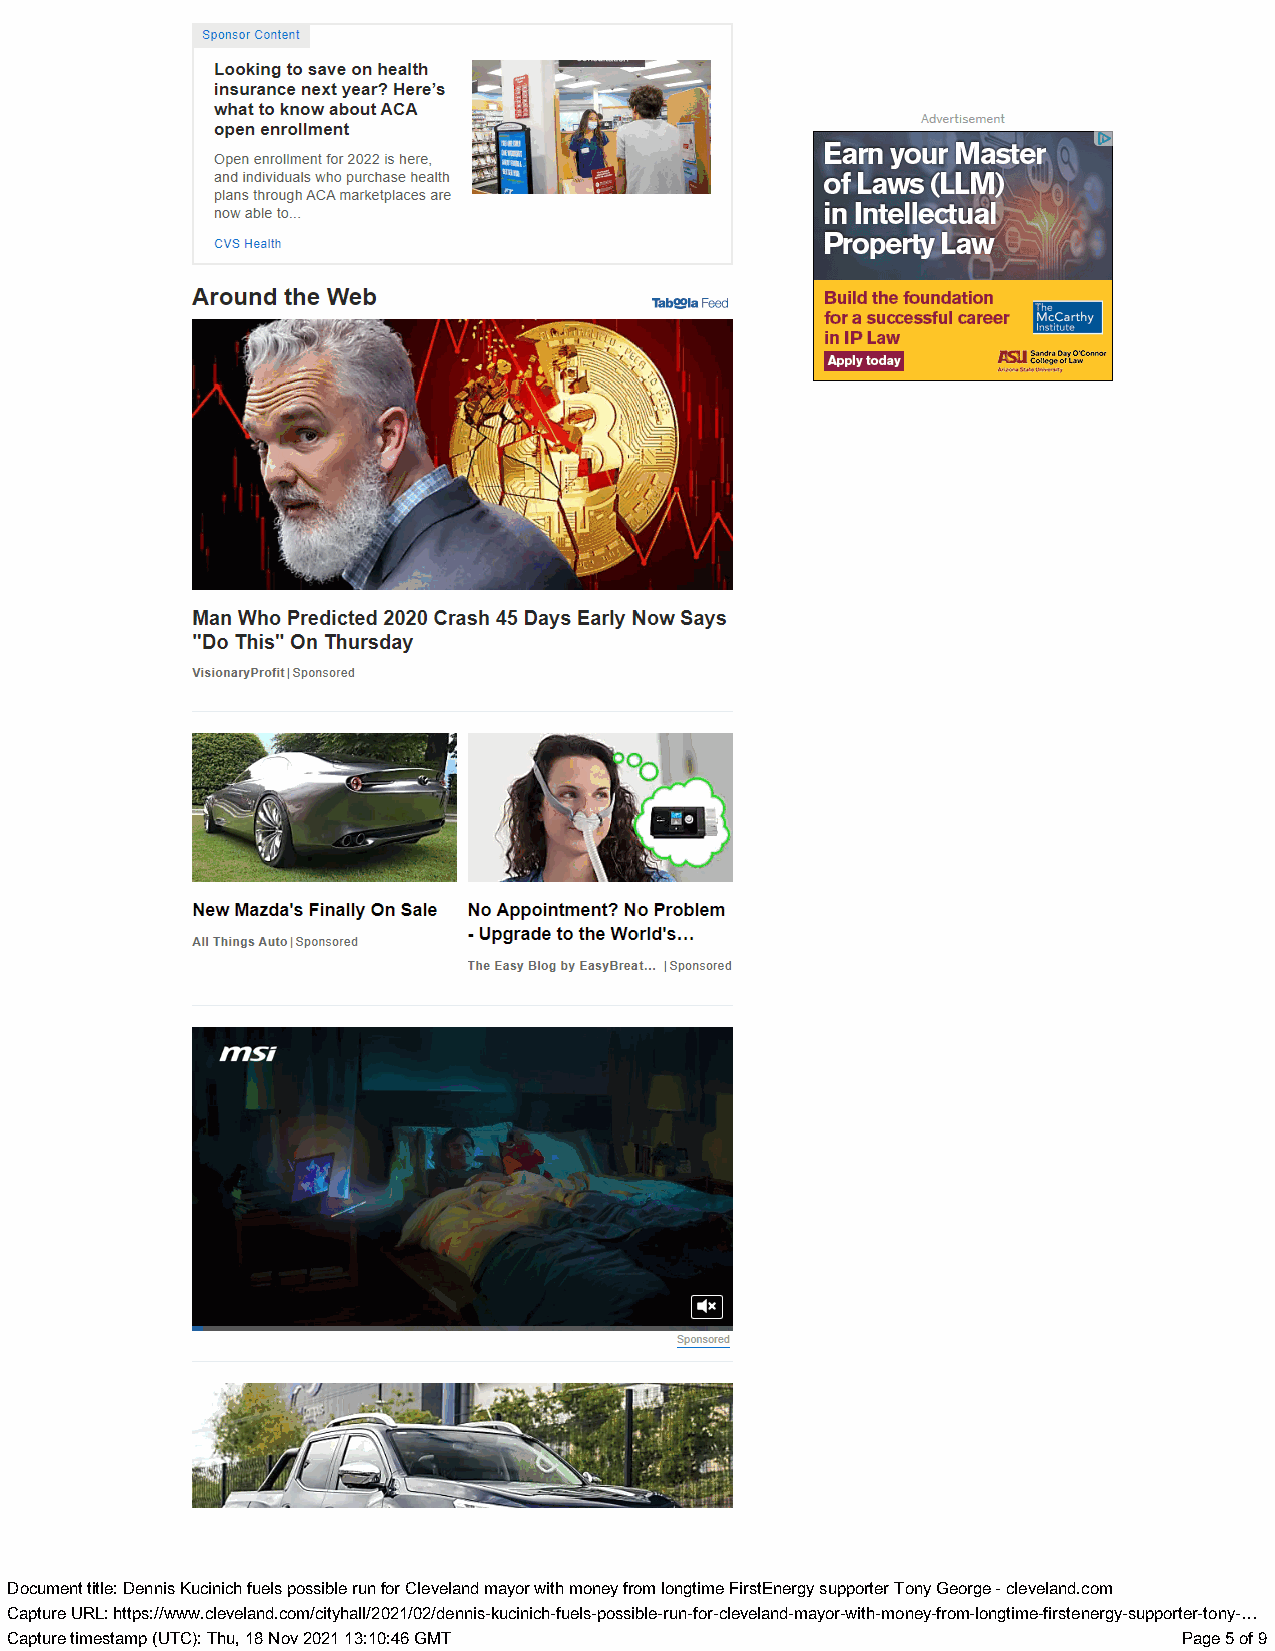
Sponsor Content
 Looking to save on health
 insurance next year? Here’s
 what to know about ACA
 open enrollment
 Open enrollment for 2022 is here, =a | - Earn your Master
 and individuals who purchase health ,    of Laws (10)
 plans through ACA marketplaces are       .             |
 now able to                              in Intellectual XN 7
 7)
 CVS Health
 Around the Web                Tabla Feed  Build the foundation
 :    _-—                      for a successful career
 inlIP Law
 Apply today £su EERoct vo
 Man Who Predicted 2020 Crash 45 Days Early Now Says
 "Do This" On Thursday
 VisionaryProfit| Sponsored
 New Mazda's Finally On Sale No Appointment? No Problem
 All Things Au| tSponosor ed = Upgrade to the World's...
 The Easy Blog by EasyBreat... | Sponsored
 DDooccuummenetn t ttiittllee: : DDeennninsis KKuuccininicichh ffuueelsls ppoossssibiblele rruunn ffoorr CClleevveellaanndd mmaayyoro r wwitithh mmoonneey y ffrroomm lloonnggttiimmee FFiirrssttEEnneerrggyy ssuupppporotreter r TToonnyy GGeeoorrggee -- cclleevveellaanndd..ccoomm
 CCaapptuturere UURRL:L : hhttttppss::///w/wwwww..cclleevveellaanndd..ccoomm/c/ictityyhhaallll//22002211//0022//ddeennninsis-k-kuucicninicichh--ffuueellss--ppoossssiibbllee--rruunn--ffoorr--cclleevveellaanndd--mmaayyoro-rw-witithh--mmonoenye-fyr-ofrmo-mlo-nlogtnigmteim-fe i-rfsirtse tneenregryg-ysu-spupoprptoerrt-etro-ntoyn-.y.-.…
 CCaapptuturere ttiimmeessttaammpp ((UUTTCC):) : TThhu,u , 1188 NNoovv 2200221 1 1133::1100::4466 GGMMTT PPaaggee 55 ooff 99